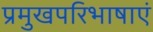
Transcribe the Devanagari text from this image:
प्रमुखपरिभाषाएं